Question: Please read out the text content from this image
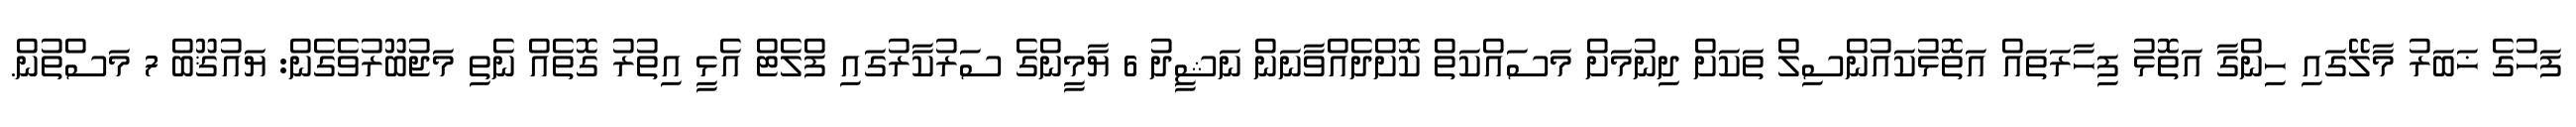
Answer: ފަހުގެ ޚަބަރު މާލޭގައި ހިންގާ އަތޮޅު ފިހާރަތައް އަތޮޅުކައުންސިލް ތަކަށް ދިނުމަށް މަސައްކަތް ކޮށްދެއްވާނަން ނަޝީދު 6 ޔާމީންގެ ސަރުކާރުގައި ފްލެޓް އެޅީ އިތުރު ގޮތެއް ނެތި މަޖުބޫރުވެގެން: ޔައުޤޫބް 7 މަސްތުން.